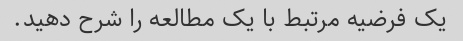
یک فرضیه مرتبط با یک مطالعه را شرح دهید.